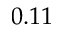
0 . 1 1